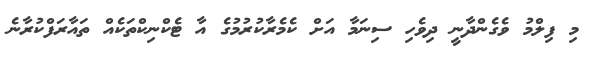
މި ފިލްމު ވެގެންދާނީ ދިވެހި ސިނަމާ އަށް ކެމެރާކުރުމުގެ އާ ޓެކްނިކްތަކެއް ތައާރަފްކުރާނެ